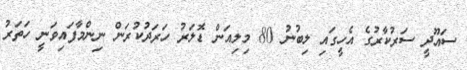
ސައޫދީ ސަރުކާރުގެ އެހީގައި ލިބުނު 80 މިލިއަން ޑޮލަރު ހަރަދުކުރަން ނިންމާފައިވަނީ ހަތަރު